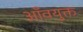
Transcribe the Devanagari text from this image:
आँवयुक्त